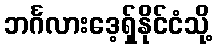
ဘင်္ဂလားဒေ့ရှ်နိုင်ငံသို့